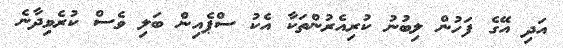
އަދި އޭގެ ފަހުން ލިބުނު ކުރިއެރުންތަކާ އެކު ސްޕެއިން ބަލި ވެސް ކުރެވިދާނެ